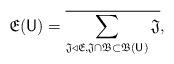
LaTeX: \begin{align*}\mathfrak E(\mathsf{U}) = \overline{\sum_{\mathfrak J \triangleleft \mathfrak E, \mathfrak J \cap \mathfrak B \subset \mathfrak B(\mathsf U)} \mathfrak J}, \end{align*}